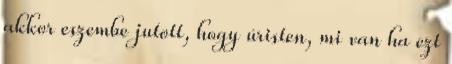
akkor eszembe jutott, hogy úristen, mi van ha ezt